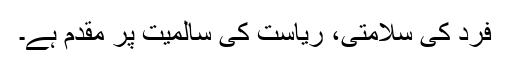
فرد کی سلامتی، ریاست کی سالمیت پر مقدم ہے۔